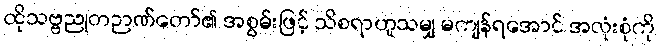
ထိုသဗ္ဗညုတဉာဏ်တော်၏ အစွမ်းဖြင့် သိစရာဟူသမျှ မကျန်ရအောင် အလုံးစုံကို